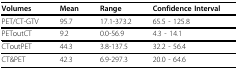
<table><thead><tr><td><b>Volumes</b></td><td><b>Mean</b></td><td><b>Range</b></td><td><b>Confidence Interval</b></td></tr></thead><tbody><tr><td>PET/CT-GTV</td><td>95.7</td><td>17.1-373.2</td><td>65.5 - 125.8</td></tr><tr><td>PEToutCT</td><td>9.2</td><td>0.0-56.9</td><td>4.3 - 14.1</td></tr><tr><td>CToutPET</td><td>44.3</td><td>3.8-137.5</td><td>32.2 - 56.4</td></tr><tr><td>CT&amp;PET</td><td>42.3</td><td>6.9-297.3</td><td>20.0 - 64.6</td></tr></tbody></table>